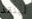
لينقذ